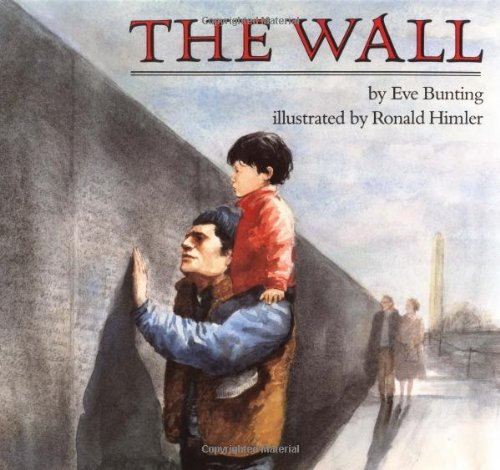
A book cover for The Wall; Eve Bunting; Children's Books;